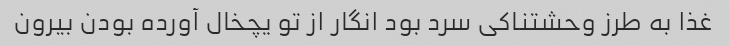
غذا به طرز وحشتناکی سرد بود انگار از تو یچخال آورده بودن بیرون